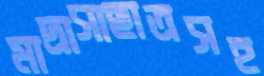
মাদ্রাসাছাত্রসহ